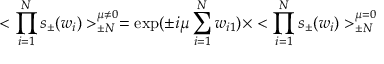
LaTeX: < \prod _ { i = 1 } ^ { N } s _ { \pm } ( w _ { i } ) > _ { \pm N } ^ { \mu \ne 0 } = \exp ( \pm i \mu \sum _ { i = 1 } ^ { N } w _ { i 1 } ) \times < \prod _ { i = 1 } ^ { N } s _ { \pm } ( w _ { i } ) > _ { \pm N } ^ { \mu = 0 }